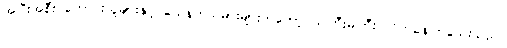
အပြီးအစီး ကောင်းသူများနှင့် သေနတ်သမားများကတော့ သဲကြီးမဲကြီး လိုက်နေကြသေးသည်။